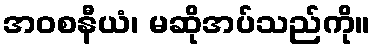
အဝစနီယံ၊ မဆိုအပ်သည်ကို။